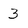
Character: 3